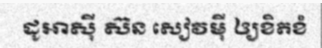
ដូអាស៊ី ស៊ន សៀវម៉ី ឲ្យខិតខំ